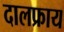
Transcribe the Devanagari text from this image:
दालफ्राय